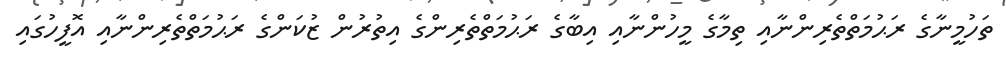
ތަހުމީނާގެ ރަޙުމަތްތެރިންނާއި ތިމާގެ މީހުންނާއި އިބާގެ ރަޙުމަތްތެރިންގެ އިތުރުން ޒުކަންގެ ރަޙުމަތްތެރިންނާއި އޮފީހުގައި